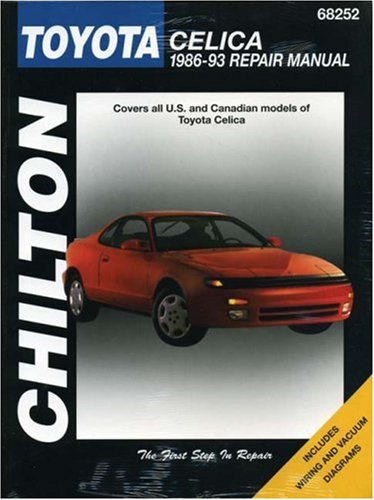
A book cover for Toyota Celica, 1986-93 (Chilton Total Car Care Series Manuals); Chilton; Engineering & Transportation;